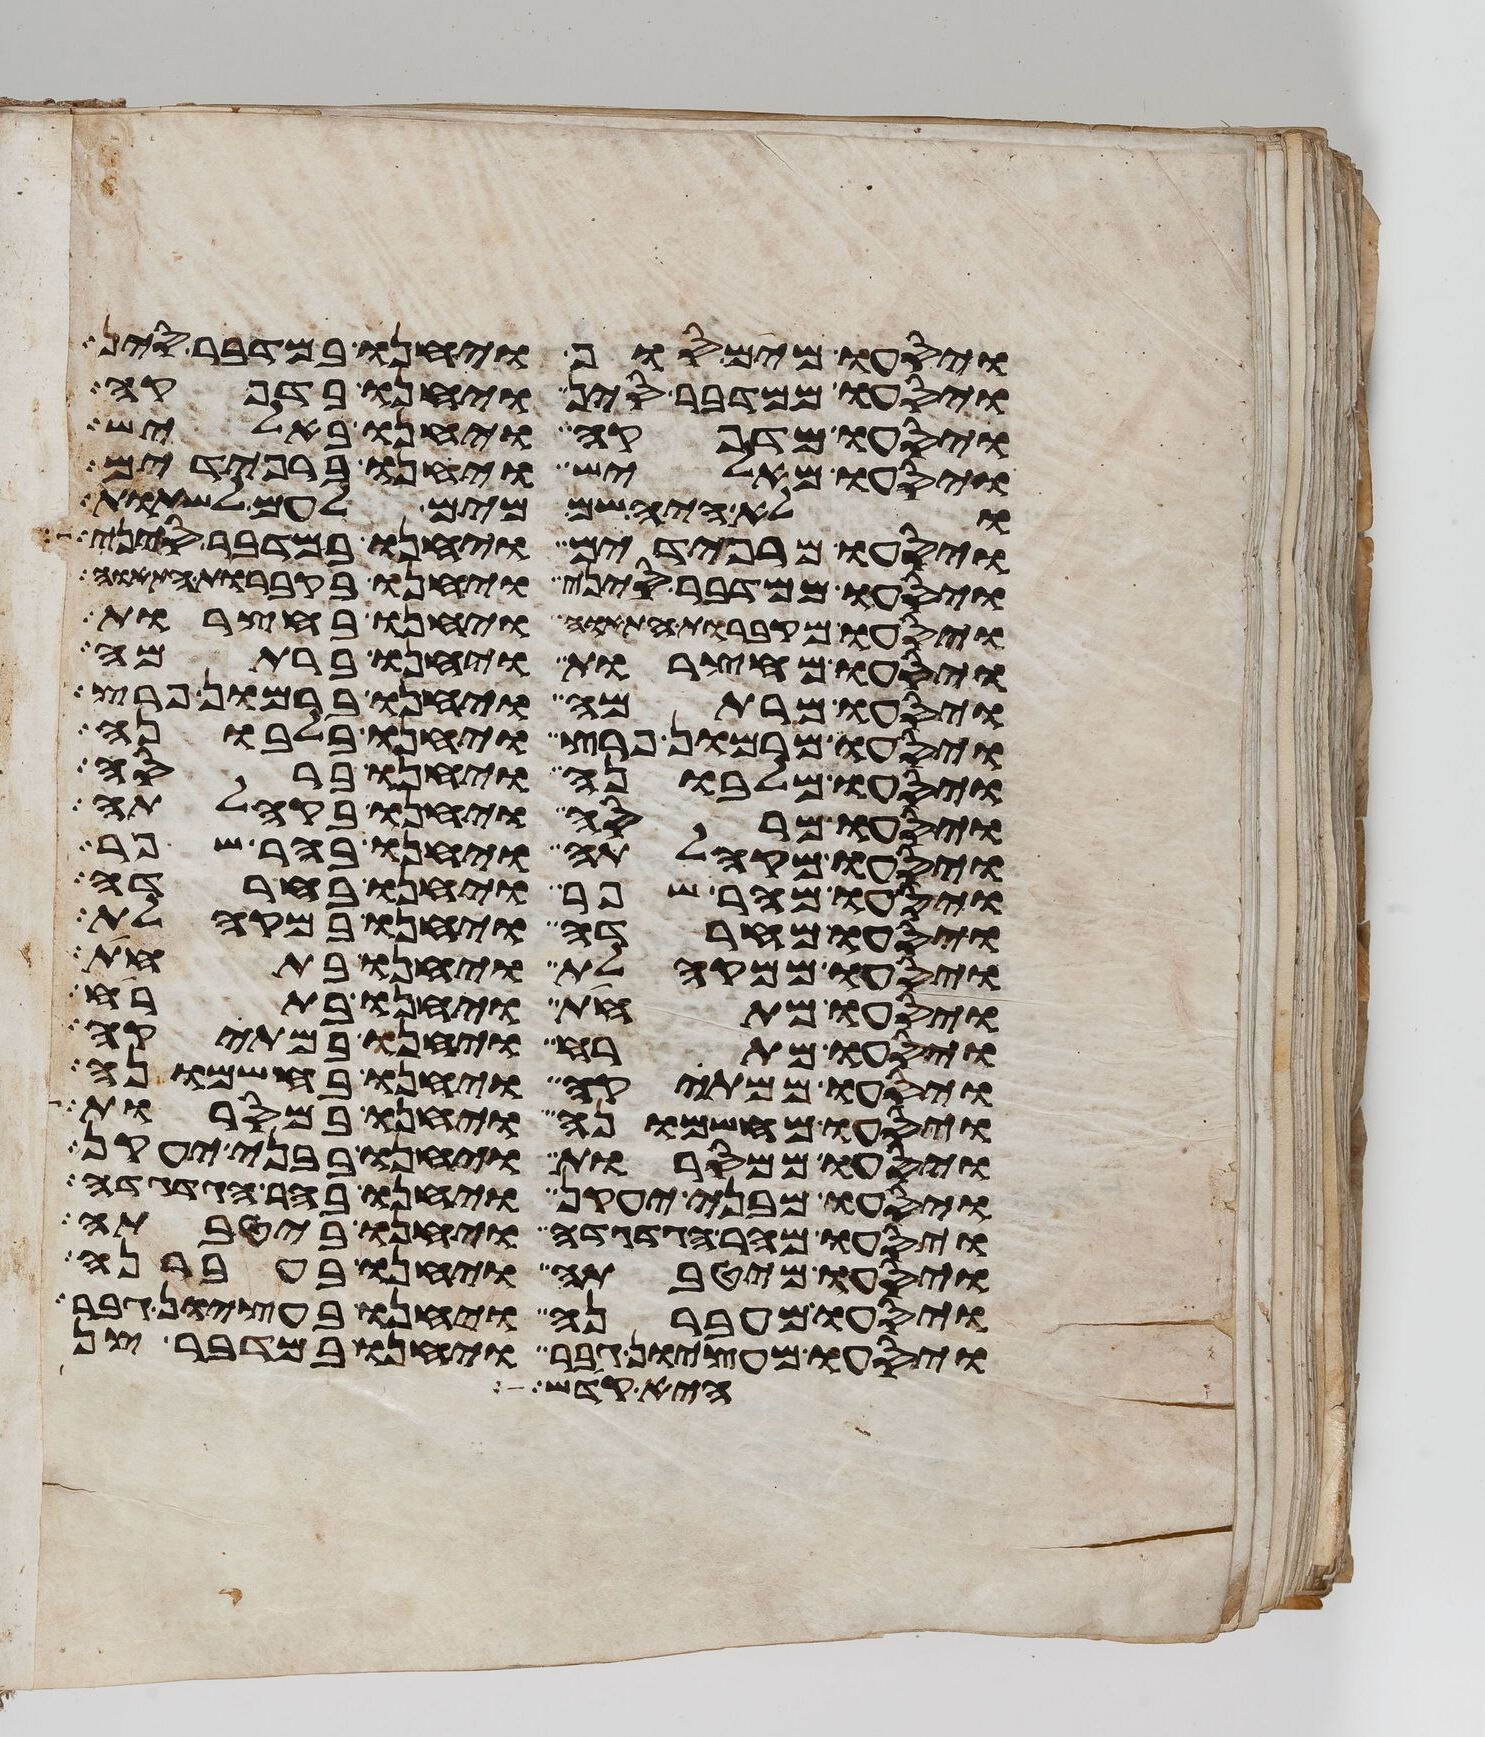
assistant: ויסעו מים סוף ויחנו במדבר סין
ויסעו ממדבר סין ויחנו בדפקה
ויסעו מדפקה ויחנו באליש
ויסעו מאליש ויחנו ברפידים
ולא היה שם מים לעם לשתות
ויסעו ממדבר סיני ויחנו בקברות התאוה
ויסעו מקברות התאוה ויחנו בחצרות
ויסעו מחצרות ויחנו ברתמה
ויסעו מרתמה ויחנו ברמון פרץ
ויסעו מרמון פרץ ויחנו בלבונה
ויסעו מלבונה ויחנו ברסה
ויסעו מרסה ויחנו בקהלתה
ויסעו מקהלתה ויחנו בהר שפר
ויסעו מהר שפר ויחנו בחרדה
ויסעו מחרדה ויחנו במקהלת
ויסעו ממקהלת ויחנו בתחת
ויסעו מתחת ויחנו בתרח
ויסעו מתרח ויחנו במתקה
ויסעו ממתקה ויחנו בחשמונה
ויסעו מחשמונה ויחנו במסרות
ויסעו ממסרות ויחנו בבני יעקן
ויסעו מבני יעקן ויחנו בהר הגדגדה
ויסעו מהר הגדגדה ויחנו ביטבתה
ויסעו מיטבתה ויחנו בעברנה
ויסעו מעברנה ויחנו בעציון גבר
ויסעו מעציון גבר ויחנו במדבר צן
היא קדש